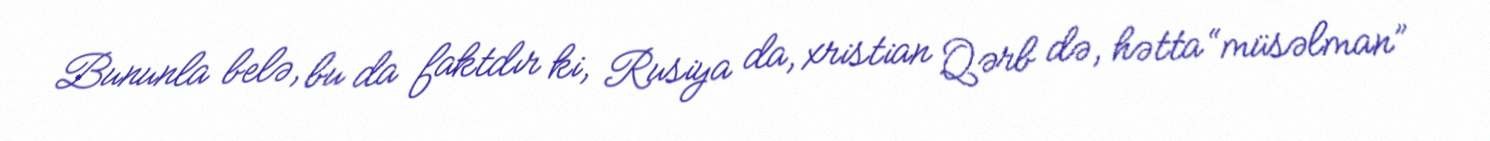
Bununla belə, bu da faktdır ki, Rusiya da, xristian Qərb də, hətta “müsəlman”